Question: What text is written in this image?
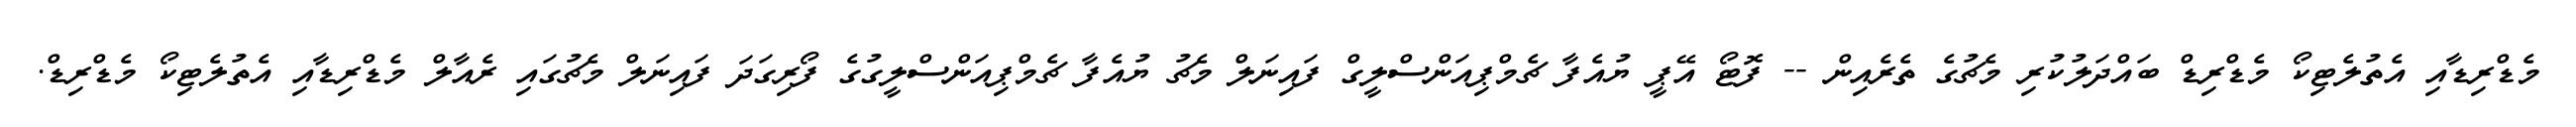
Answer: މެޑްރިޑާއި އެތުލެޓިކޯ މެޑްރިޑް ބައްދަލުކުރި މެޗުގެ ތެރެއިން -- ފޮޓޯ އޭޕީ ޔުއެފާ ޗެމްޕިއަންސްލީގް ފައިނަލް މެޗު ޔުއެފާ ޗެމްޕިއަންސްލީގުގެ ފޯރިގަދަ ފައިނަލް މެޗުގައި ރެއާލް މެޑްރިޑާއި އެތުލެޓިކޯ މެޑްރިޑް.